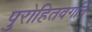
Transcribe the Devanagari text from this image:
पुरोहितवर्गाने